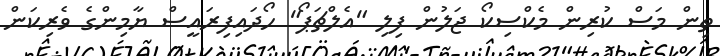
ތިން މަސް ކުރިން މެކްސިކޯ ޖަލުން ފިލި "އެލްޗަޕޯ" ހޯދައިފިރައީސް ޔާމިންގެ ވެރިކަން